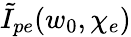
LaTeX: \tilde{I}_{pe}(w_{0},\chi_{e})